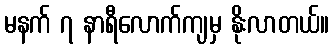
မနက် ၇ နာရီလောက်ကျမှ နိုးလာတယ်။